画像に写った文字を読んでください
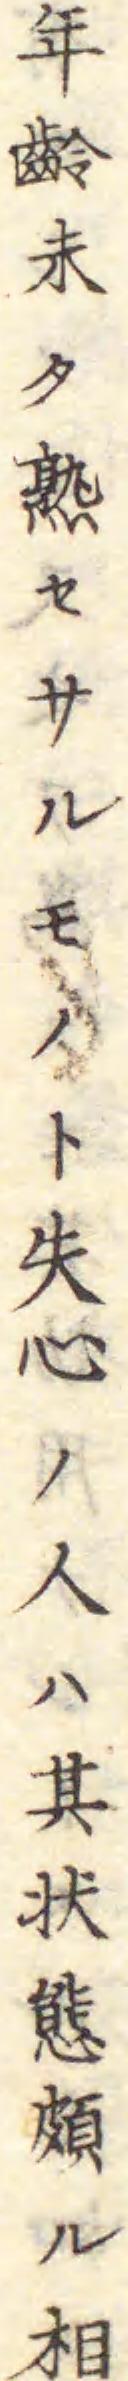
「年齡未タ熟セサルモノト失心ノ人ハ其状態頗ル相」と書いてあります